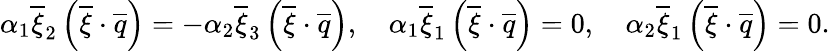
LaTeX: \begin{array}{r}{\alpha_{1}\overline{{\xi}}_{2}\left(\overline{{\xi}}\cdot\overline{{q}}\right)=-\alpha_{2}\overline{{\xi}}_{3}\left(\overline{{\xi}}\cdot\overline{{q}}\right),\quad\alpha_{1}\overline{{\xi}}_{1}\left(\overline{{\xi}}\cdot\overline{{q}}\right)=0,\quad\alpha_{2}\overline{{\xi}}_{1}\left(\overline{{\xi}}\cdot\overline{{q}}\right)=0.}\end{array}